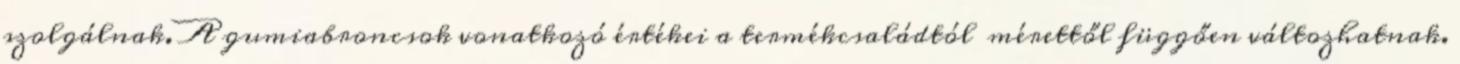
szolgálnak. A gumiabroncsok vonatkozó értékei a termékcsaládtól mérettől függően változhatnak.